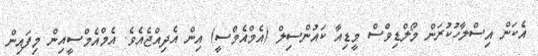
އެކަން އިސްލާހުކުރަން މޯލްޑިވްސް މީޑިއާ ކައުންސިލް (އެމްއެމްސީ) އިން އެދިއްޖެއެވެ. އެމްއެމްސީއިން މިފައިން